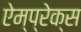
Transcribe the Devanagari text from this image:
ऐम्प्रेक्स